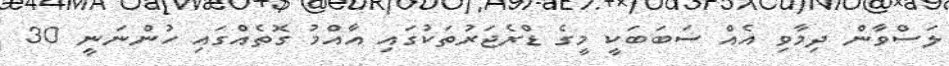
ލަސްވާން ދިމާވި އެއް ސަބަބަކީ މީގެ ޑްރެޖަރުތަކުގައި އާއްމު ގޮތެއްގައި ހުންނަނީ 30